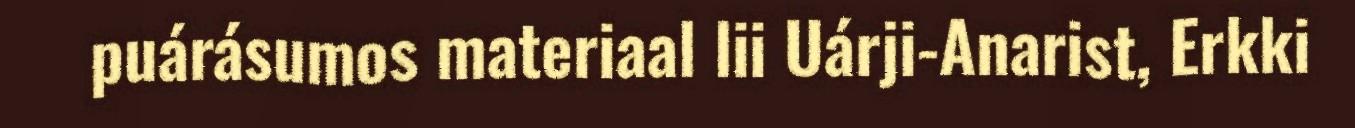
puárásumos materiaal lii Uárji-Anarist, Erkki